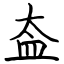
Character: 盇